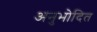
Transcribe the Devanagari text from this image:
अनुभोदित